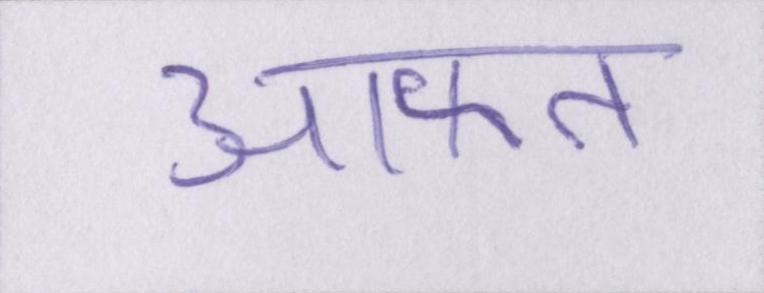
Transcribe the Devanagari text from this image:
आफत